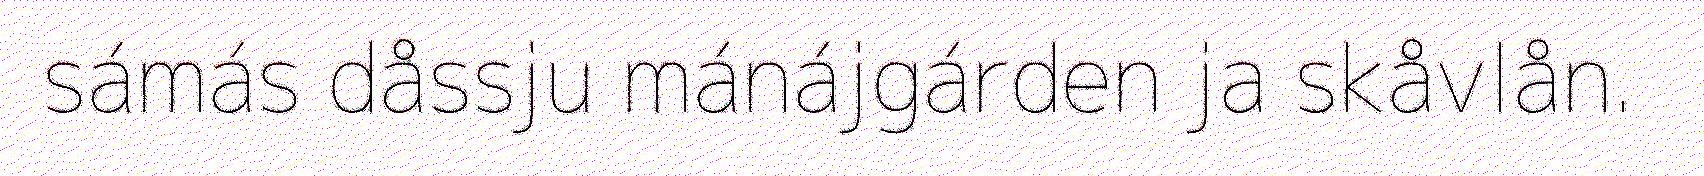
sámás dåssju mánájgárden ja skåvlån.